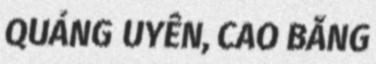
QUẢNG UYÊN, CAO BẰNG